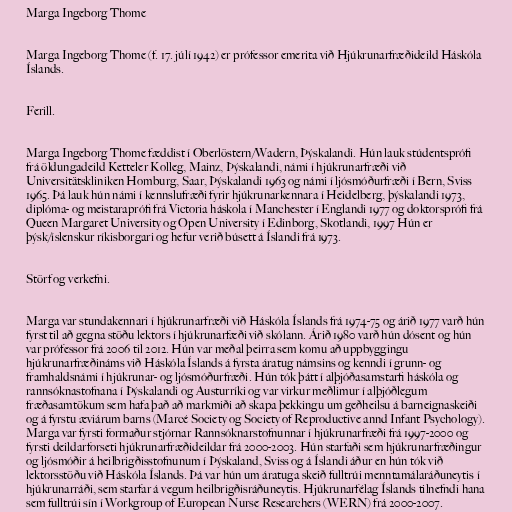
Marga Ingeborg Thome

Marga Ingeborg Thome (f. 17. júlí 1942) er prófessor emerita við Hjúkrunarfræðideild Háskóla
Íslands.

Ferill.

Marga Ingeborg Thome fæddist í Oberlöstern/Wadern, Þýskalandi. Hún lauk stúdentsprófi
frá öldungadeild Ketteler Kolleg, Mainz, Þýskalandi, námi í hjúkrunarfræði við
Universitätskliniken Homburg, Saar, Þýskalandi 1963 og námi í ljósmóðurfræði í Bern, Sviss
1965. Þá lauk hún námi í kennslufræði fyrir hjúkrunarkennara í Heidelberg, þýskalandi 1973,
diplóma- og meistaraprófi frá Victoria háskola í Manchester í Englandi 1977 og doktorsprófi frá
Queen Margaret University og Open University í Edinborg, Skotlandi, 1997 Hún er
þýsk/íslenskur ríkisborgari og hefur verið búsett á Íslandi frá 1973.

Störf og verkefni.

Marga var stundakennari í hjúkrunarfræði við Háskóla Íslands frá 1974-75 og árið 1977 varð hún
fyrst til að gegna stöðu lektors í hjúkrunarfæði við skólann. Árið 1980 varð hún dósent og hún
var prófessor frá 2006 til 2012. Hún var meðal þeirra sem komu að uppbyggingu
hjúkrunarfræðináms við Háskóla Íslands á fyrsta áratug námsins og kenndi í grunn- og
framhaldsnámi í hjúkrunar- og ljósmóðurfræði. Hún tók þátt í alþjóðasamstarfi háskóla og
rannsóknastofnana í Þýskalandi og Austurríki og var virkur meðlimur í alþjóðlegum
fræðasamtökum sem hafa það að markmiði að skapa þekkingu um geðheilsu á barneignaskeiði
og á fyrstu æviárum barns (Marcé Society og Society of Reproductive annd Infant Psychology).
Marga var fyrsti formaður stjórnar Rannsóknarstofnunnar í hjúkrunarfræði frá 1997-2000 og
fyrsti deildarforseti hjúkrunarfræðideildar frá 2000-2003. Hún starfaði sem hjúkrunarfræðingur
og ljósmóðir á heilbrigðisstofnunum í Þýskaland, Sviss og á Íslandi áður en hún tók við
lektorsstöðu við Háskóla Íslands. Þá var hún um áratuga skeið fulltrúi menntamálaráðuneytis í
hjúkrunarráði, sem starfar á vegum heilbrigðisráðuneytis. Hjúkrunarfélag Íslands tilnefndi hana
sem fulltrúi sín í Workgroup of European Nurse Researchers (WERN) frá 2000-2007.